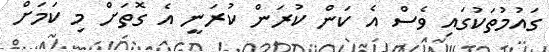
ގައުމުތަކުގައި ވެސް އެ ކަން ކުރަން ކުރަނީ އެ ގޮތަށް މި ކަމަށް